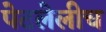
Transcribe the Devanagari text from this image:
पेटलेलीच